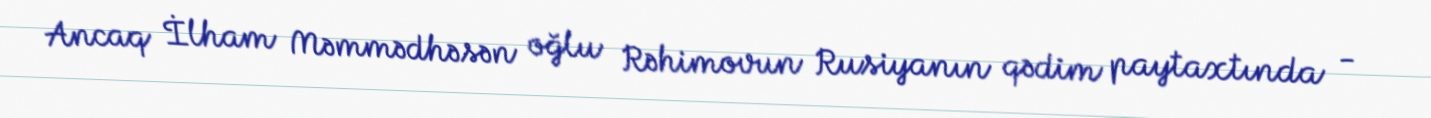
Ancaq İlham Məmmədhəsən oğlu Rəhimovun Rusiyanın qədim paytaxtında -